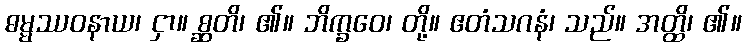
ဓမ္မဿဝနာယ၊ ငှာ။ စ္ဆတိ၊ ၏။ ဘိက္ခဝေ၊ တို့။ ဧတံသဂနံ၊ သည်။ အတ္ထိ၊ ၏။